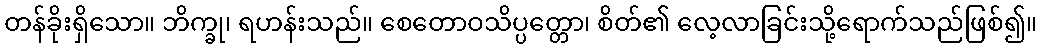
တန်ခိုးရှိသော။ ဘိက္ခု၊ ရဟန်းသည်။ စေတောဝသိပ္ပတ္တော၊ စိတ်၏ လေ့လာခြင်းသို့ရောက်သည်ဖြစ်၍။